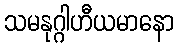
သမနုဂ္ဂါဟီယမာနော